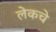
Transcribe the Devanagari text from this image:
लेकचे